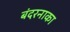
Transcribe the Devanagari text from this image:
बंदरनाका